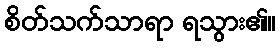
စိတ်သက်သာရာ ရသွား၏။